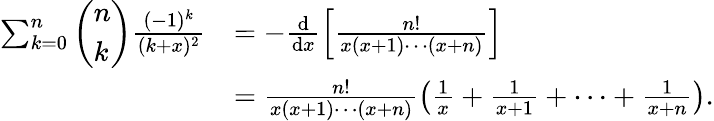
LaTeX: \begin{array}{rl}{\sum_{k=0}^{n}\left(\begin{array}{l}{n}\\ {k}\end{array}\right)\frac{(-1)^{k}}{(k+x)^{2}}}&{=-\frac{\mathrm{d}}{\mathrm{d}x}\left[\frac{n!}{x(x+1)\cdots(x+n)}\right]}\\ &{=\frac{n!}{x(x+1)\cdots(x+n)}\left(\frac{1}{x}+\frac{1}{x+1}+\cdots+\frac{1}{x+n}\right).}\end{array}